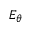
\scriptstyle { E _ { \theta } }